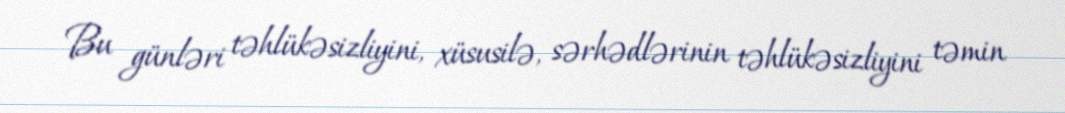
Bu günləri təhlükəsizliyini, xüsusilə, sərhədlərinin təhlükəsizliyini təmin